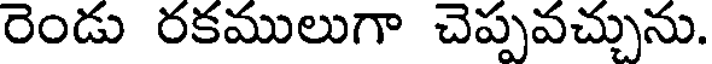
రెండు రకములుగా చెప్పవచ్చును.